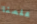
علمنا